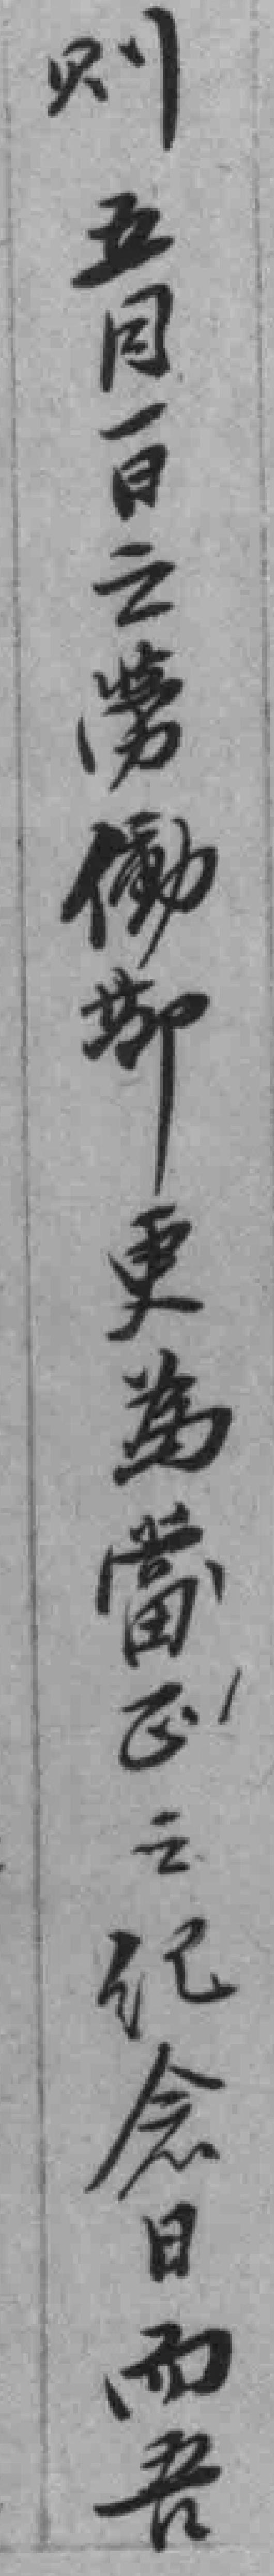
则五月一日之勞動節更爲當*之纪念日而吾